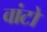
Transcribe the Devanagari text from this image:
वांटो